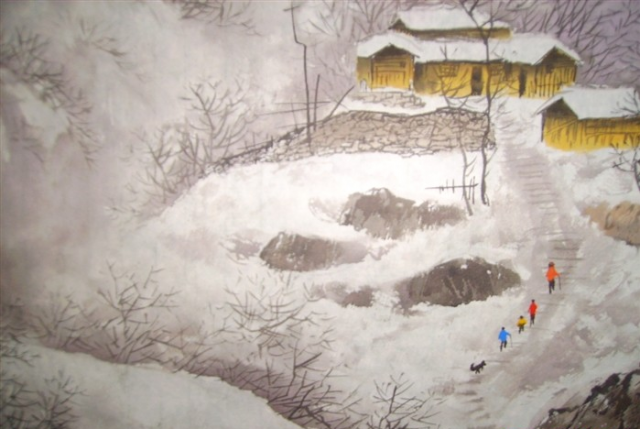
晓鸡惊树雪，寒鹜守冰池。